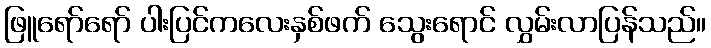
ဖြူရော်ရော် ပါးပြင်ကလေးနှစ်ဖက် သွေးရောင် လွှမ်းလာပြန်သည်။